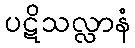
ပဋိသလ္လာနံ